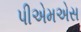
પીએમએસ